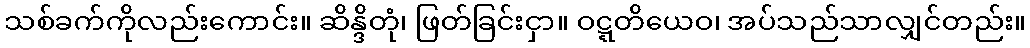
သစ်ခက်ကိုလည်းကောင်း။ ဆိန္ဒိတုံ၊ ဖြတ်ခြင်းငှာ။ ဝဋ္ဋတိယေဝ၊ အပ်သည်သာလျှင်တည်း။